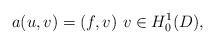
LaTeX: \begin{align*}a(u,v)=(f,v)~v\in H^1_0(D),\end{align*}